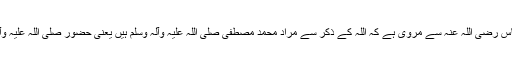
حضرت عبداللہ ابن عباس رضی اللہ عنہ سے مروی ہے کہ اللہ کے ذکر سے مراد محمد مصطفیٰ صلی اللہ علیہ وآلہ وسلم ہیں یعنی حضور صلی اللہ علیہ وآلہ وسلم اللہ کا ذکر ہیں۔